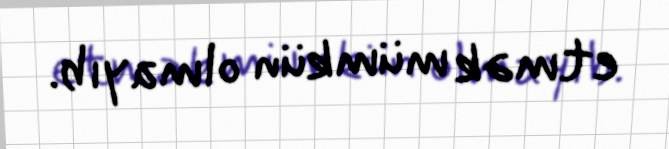
etmək mümkün olmayıb.